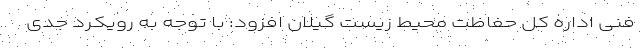
فنی اداره کل حفاظت محیط‌ زیست گیلان افزود: با توجه به رویکرد جدی